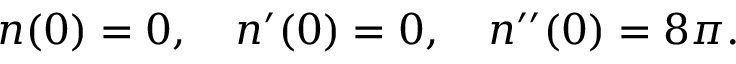
n ( 0 ) = 0 , \quad n ^ { \prime } ( 0 ) = 0 , \quad n ^ { \prime \prime } ( 0 ) = 8 \pi .